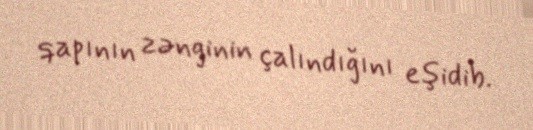
qapının zənginin çalındığını eşidib.